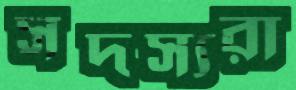
সদস্যরা